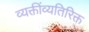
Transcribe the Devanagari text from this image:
व्यक्तींव्यतिरिक्त